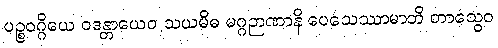
ပဉ္စဝဂ္ဂိယေ ဝဒန္တာယေဝ သယမိဓ မဂ္ဂဉာဏာနိ ပေသေဿာမာတိ တာသွေဝ